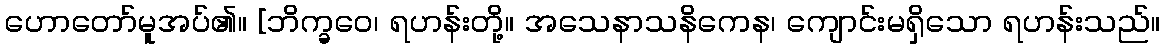
ဟောတော်မူအပ်၏။ [ဘိက္ခဝေ၊ ရဟန်းတို့။ အသေနာသနိကေန၊ ကျောင်းမရှိသော ရဟန်းသည်။